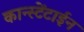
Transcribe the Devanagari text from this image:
कान्स्टेंटाईन